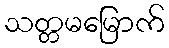
သတ္တမမြောက်